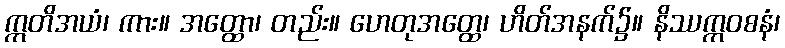
ဣတိအယံ၊ ကား။ အတ္ထော၊ တည်း။ ဟေတုအတ္ထေ၊ ဟိတ်အနက်၌။ နိဿက္ကဝစနံ၊